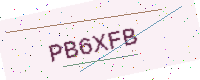
Text: PB6XFB